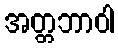
အတ္တဘာဝါ